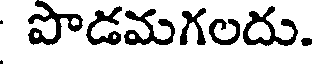
పొడమగలదు.